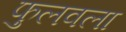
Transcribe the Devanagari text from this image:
फुलवला